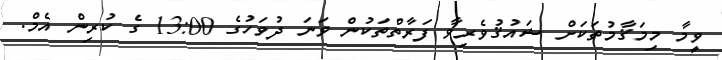
ވީމާ މިމަޤާމުތަކަށް ޝައުޤުވެރިވާ ފަރާތްތަކުން ވަނަ ދުވަހުގެ 13:00 ގެ ކުރިން އެމް.